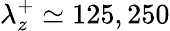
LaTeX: \lambda_{z}^{+}\simeq 125,250